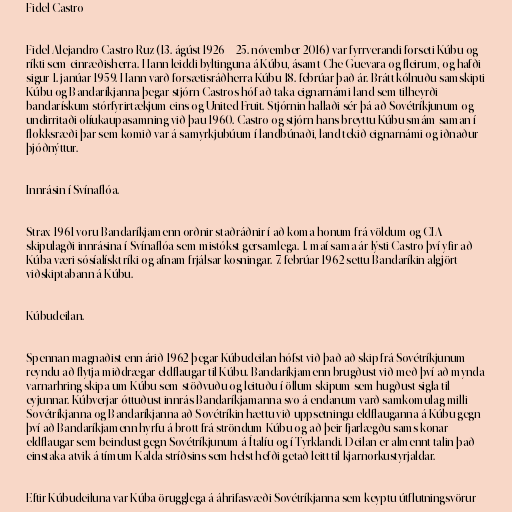
Fidel Castro

Fidel Alejandro Castro Ruz (13. ágúst 1926 – 25. nóvember 2016) var fyrrverandi forseti Kúbu og
ríkti sem einræðisherra. Hann leiddi byltinguna á Kúbu, ásamt Che Guevara og fleirum, og hafði
sigur 1. janúar 1959. Hann varð forsætisráðherra Kúbu 18. febrúar það ár. Brátt kólnuðu samskipti
Kúbu og Bandaríkjanna þegar stjórn Castros hóf að taka eignarnámi land sem tilheyrði
bandarískum stórfyrirtækjum eins og United Fruit. Stjórnin hallaði sér þá að Sovétríkjunum og
undirritaði olíukaupasamning við þau 1960. Castro og stjórn hans breyttu Kúbu smám saman í
flokksræði þar sem komið var á samyrkjubúum í landbúnaði, land tekið eignarnámi og iðnaður
þjóðnýttur.

Innrásin í Svínaflóa.

Strax 1961 voru Bandaríkjamenn orðnir staðráðnir í að koma honum frá völdum og CIA
skipulagði innrásina í Svínaflóa sem mistókst gersamlega. 1. maí sama ár lýsti Castro því yfir að
Kúba væri sósíalískt ríki og afnam frjálsar kosningar. 7. febrúar 1962 settu Bandaríkin algjört
viðskiptabann á Kúbu.

Kúbudeilan.

Spennan magnaðist enn árið 1962 þegar Kúbudeilan hófst við það að skip frá Sovétríkjunum
reyndu að flytja miðdrægar eldflaugar til Kúbu. Bandaríkjamenn brugðust við með því að mynda
varnarhring skipa um Kúbu sem stöðvuðu og leituðu í öllum skipum sem hugðust sigla til
eyjunnar. Kúbverjar óttuðust innrás Bandaríkjamanna svo á endanum varð samkomulag milli
Sovétríkjanna og Bandaríkjanna að Sovétríkin hættu við uppsetningu eldflauganna á Kúbu gegn
því að Bandaríkjamenn hyrfu á brott frá ströndum Kúbu og að þeir fjarlægðu sams konar
eldflaugar sem beindust gegn Sovétríkjunum á Ítalíu og í Tyrklandi. Deilan er almennt talin það
einstaka atvik á tímum Kalda stríðsins sem helst hefði getað leitt til kjarnorkustyrjaldar.

Eftir Kúbudeiluna var Kúba örugglega á áhrifasvæði Sovétríkjanna sem keyptu útflutningsvörur